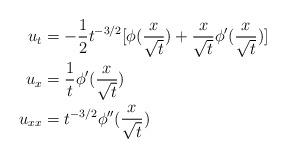
LaTeX: \begin{align*} u_{t} &= -\frac{1}{2}t^{-3/2}[\phi(\frac{x}{\sqrt{t}})+\frac{x}{\sqrt{t}}\phi'(\frac{x}{\sqrt{t}})]\\u_{x}&=\frac{1}{t}\phi'(\frac{x}{\sqrt{t}})\\u_{xx} &=t^{-3/2}\phi''(\frac{x}{\sqrt{t}}) \end{align*}